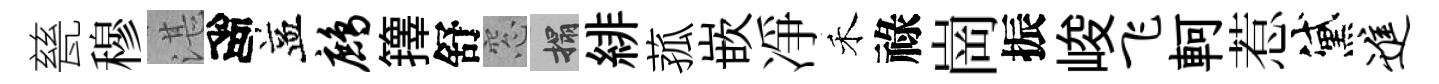
甆穆湛高益鹧籜舒窓搨緋菰嵌凈禾祿崗振峻飞軻惹黛进